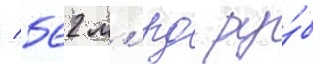
/ 562 млрд ру́б